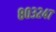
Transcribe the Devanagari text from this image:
८०३२४७